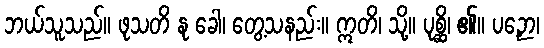
ဘယ်သူသည်။ ဖုသတိ နု ခေါ၊ တွေ့သနည်း။ ဣတိ၊ သို့။ ပုစ္ဆိ၊ ၏။ ပဉှော၊